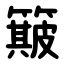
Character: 簸